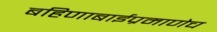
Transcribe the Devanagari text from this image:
बहिणाबाईप्रमाणेच